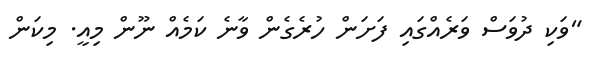
"ވަކި ދުވަސް ވަރެއްގައި ފަށަން ހުރެގެން ވާނެ ކަމެއް ނޫން މިއީ. މިކަން